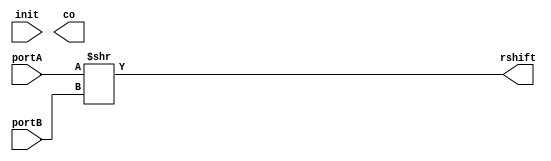
module rshiftAB(init, portA, portB,co, rshift);

  input init;
  input [3 :0] portA;
  input [3 :0] portB;
  output co;
  output [7 :0] rshift;
  
  
  wire [7:0] st;
  assign rshift= st[7:0];

  assign st  = 	portA>>portB;

endmodule